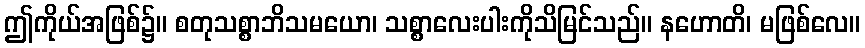
ဤကိုယ်အဖြစ်၌။ စတုသစ္စာဘိသမယော၊ သစ္စာလေးပါးကိုသိမြင်သည်။ နဟောတိ၊ မဖြစ်လေ။